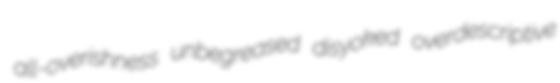
all-overishness unbegreased disyoked overdescriptive